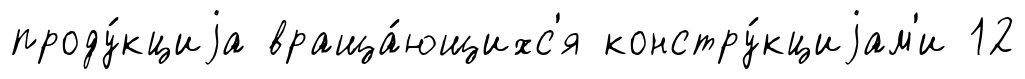
проду́кциjа враща́ющихс'я констру́кциjам'и 12